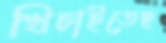
খিচাইতেছ